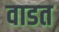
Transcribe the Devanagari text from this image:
वाडत